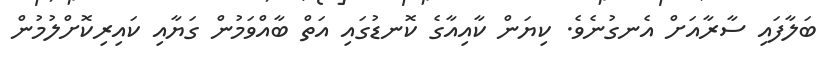
ބަލާފައި ސާރާއަށް އެނގުނެވެ. ކިޔަން ކާއިއާގެ ކޮނޑުގައި އަތް ބާއްވަމުން ގަޔާއި ކައިރިކޮށްލުމުން